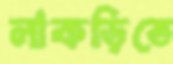
লাকড়িতে